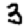
Digit: 3